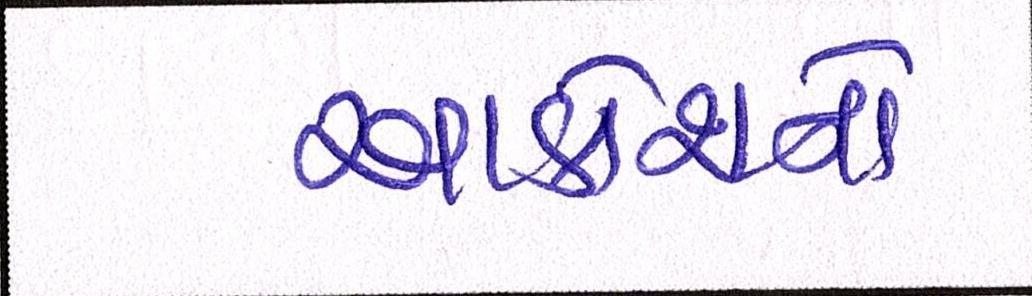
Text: આક્રોશનો